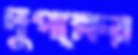
দুপক্ষের